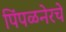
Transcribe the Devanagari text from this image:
पिंपळनेरचे